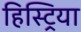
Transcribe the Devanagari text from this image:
हिस्ट्रिया